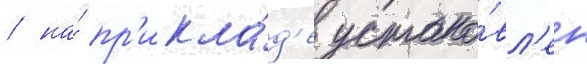
/ на́ пр'икла́д'е устано́вл'ен